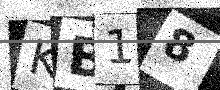
Text: KB18